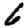
Digit: 6